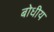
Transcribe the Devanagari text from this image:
बोधीय